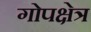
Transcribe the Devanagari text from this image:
गोपक्षेत्र